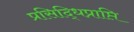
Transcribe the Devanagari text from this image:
प्रसिद्धिप्राप्ति